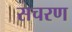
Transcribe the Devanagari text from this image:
सचरण